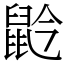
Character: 䶃